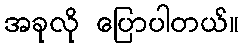
အခုလို ပြောပါတယ်။